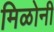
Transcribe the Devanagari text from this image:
मिळोनी